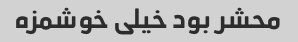
محشر بود خیلی خوشمزه